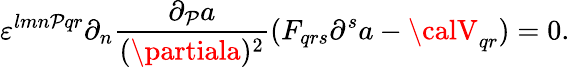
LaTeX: \varepsilon^{lmn\mathcal{P}qr}\partial_{n}{\frac{{\partial_{\mathcal{P}}a}}{{(\partiala)^{2}}}}(F_{qrs}\partial^{s}a-{\calV}_{qr})=0.